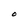
Character: O